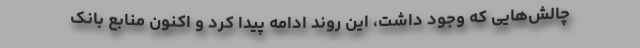
چالش‌هایی که وجود داشت، این روند ادامه پیدا کرد و اکنون منابع بانک